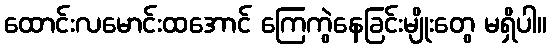
ထောင်းလမောင်းထအောင် ကြေကွဲနေခြင်းမျိုးတွေ မရှိပါ။